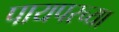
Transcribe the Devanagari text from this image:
पायपरच्या